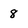
Character: 8